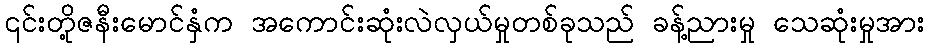
၎င်းတို့ဇနီးမောင်နှံက အကောင်းဆုံးလဲလှယ်မှုတစ်ခုသည် ခန့်ညားမှု သေဆုံးမှုအား